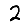
Digit: 2